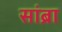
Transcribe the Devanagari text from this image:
सांब्रा